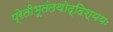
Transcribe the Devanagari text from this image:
प्रेतीभूतंतथोद्दिश्ययः